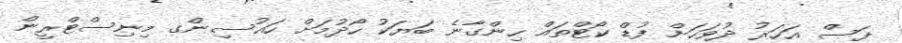
ފަސް އަހަރު ދުވަހަށް ފުޑް ކޯޓްތައް ހިންގާނެ ބަޔަކު ހޯދުމަށް ހައުސިންގ މިނިސްޓްރީން